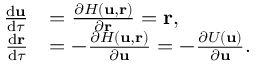
\begin{array} { r l } { \frac { \mathrm { d } \mathbf { u } } { \mathrm { d } \tau } } & { = \frac { \partial H ( \mathbf { u } , \mathbf { r } ) } { \partial \mathbf { r } } = \mathbf { r } , } \\ { \frac { \mathrm { d } \mathbf { r } } { \mathrm { d } \tau } } & { = - \frac { \partial H ( \mathbf { u } , \mathbf { r } ) } { \partial \mathbf { u } } = - \frac { \partial U ( \mathbf { u } ) } { \partial \mathbf { u } } . } \end{array}